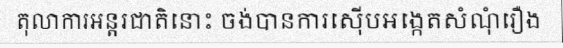
តុលាការអន្តរជាតិនោះ ចង់បានការស៊ើបអង្កេតសំណុំរឿង